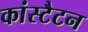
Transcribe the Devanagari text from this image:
कांस्टैटन